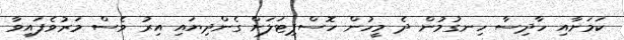
ކަމަށާއި ހާދިސާ ހިނގުމުން ދެ މީހުން ހޮސްޕިޓަލަށް ގެންދިޔައި އިރު ވެސް މަރުވެފައިވާ